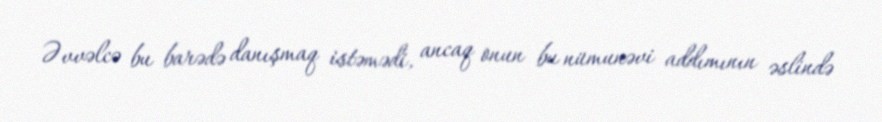
Əvvəlcə bu barədə danışmaq istəmədi, ancaq onun bu nümunəvi addımının əslində